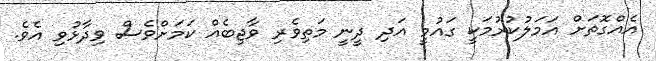
އެއްގޮތަށް އަމަލުކުރުމަކީ ގައުމީ އަދި ދީނީ މަތިވެރި ވާޖިބެއް ކަމަށްވެސް ވިދާޅުވި އެވެ.